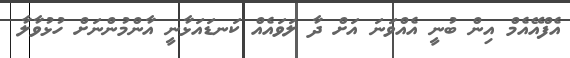
އެފްއޭއެމް އިން ބުނީ އެއްވަނަ އަށް ދާ ލަވައެއް ކަނޑައަޅާނީ އާންމުންނަށް ހުޅުވާލާ